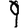
Digit: 9